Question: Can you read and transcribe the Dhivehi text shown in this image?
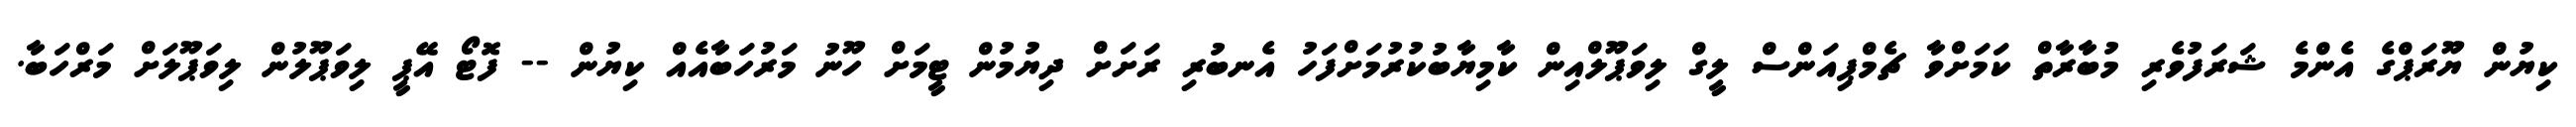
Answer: ކިޔުން ޔޫރަޕްގެ އެންމެ ޝަރަފުވެރި މުބާރާތް ކަމަށްވާ ޗެމްޕިއަންސް ލީގް ލިވަޕޫލްއިން ކާމިޔާބުކުރުމަށްފަހު އެނބުރި ރަށަށް ދިޔުމުން ޓީމަށް ހޫނު މަރުހަބާއެއް ކިޔުން -- ފޮޓޯ އޭޕީ ލިވަޕޫލުން ލިވަޕޫލަށް މަރްހަބާ.